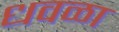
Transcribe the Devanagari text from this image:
धवळा